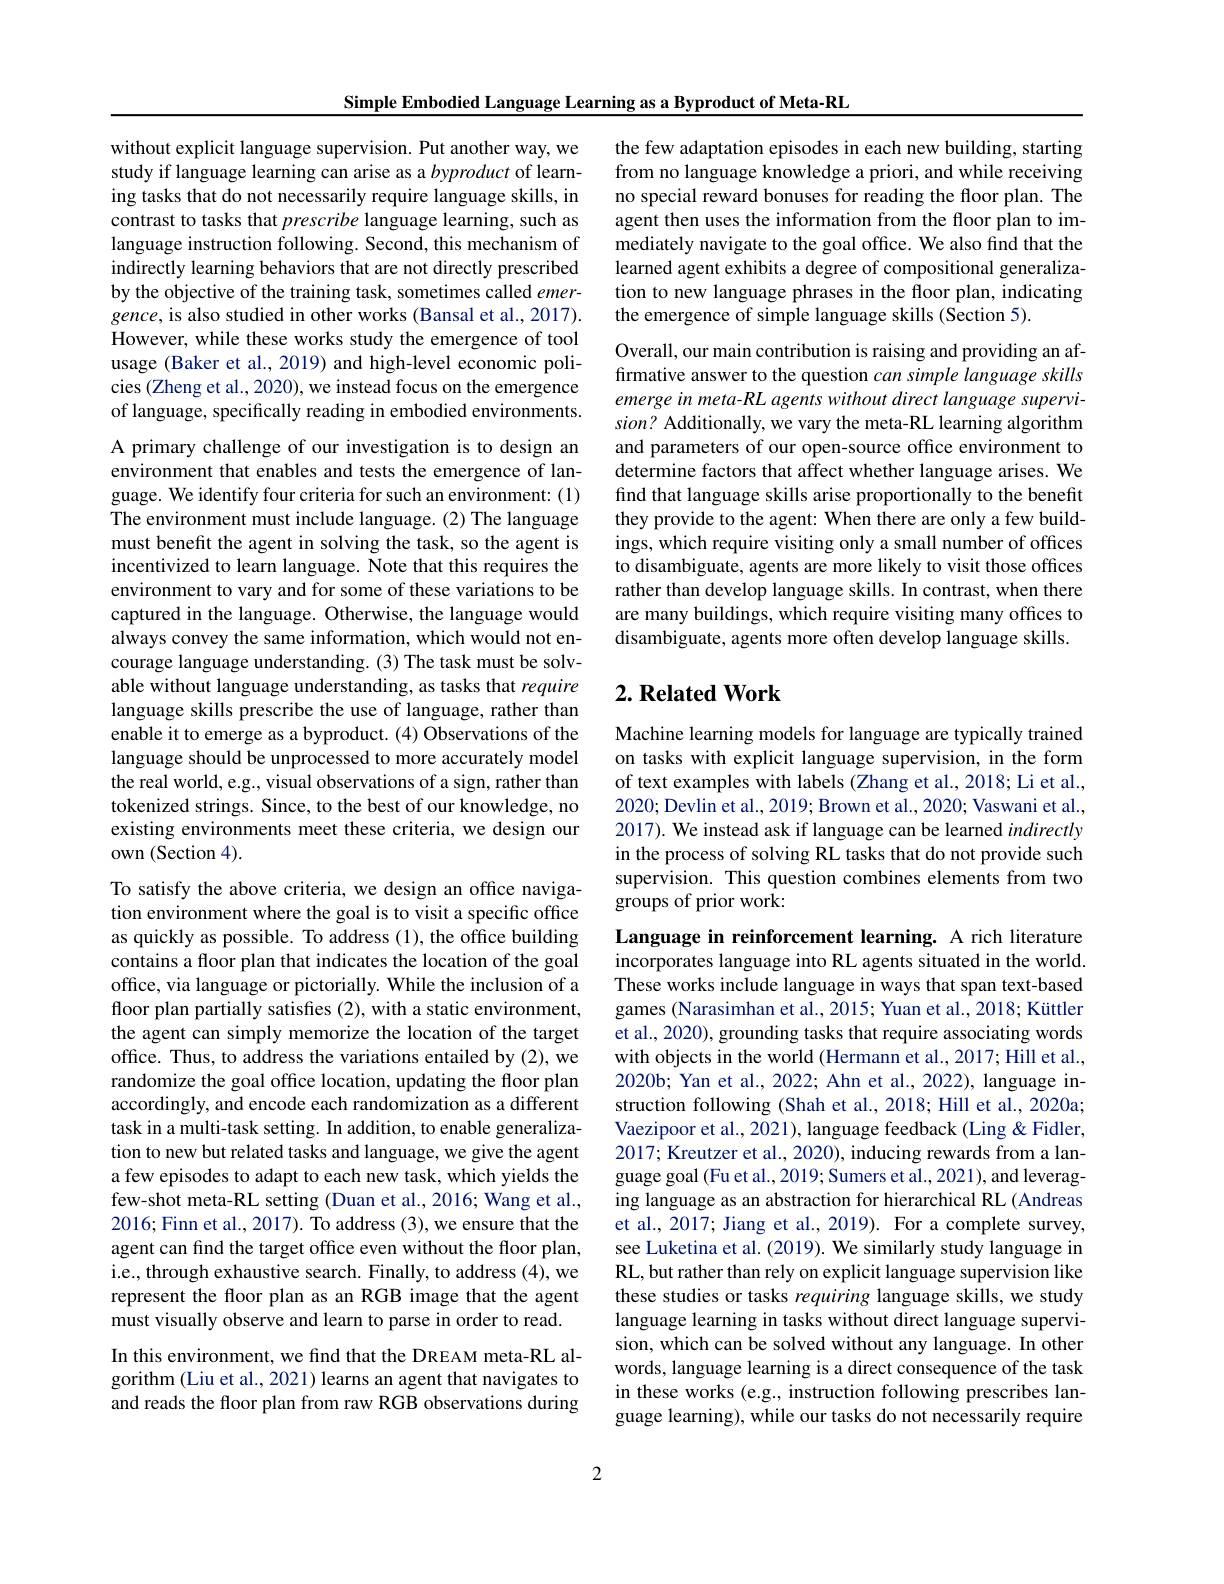
Simple Embodied Language Learning as a Byproduct of Meta-RL

without explicit language supervision. Put another way, we study if language learning can arise as a byproduct of learning tasks that do not necessarily require language skills, in contrast to tasks that prescribe language learning, such as language instruction following. Second, this mechanism of indirectly learning behaviors that are not directly prescribed by the objective of the training task, sometimes called emergence, is also studied in other works (Bansal et al., 2017). However, while these works study the emergence of tool usage (Baker et al., 2019) and high-level economic policies (Zheng et al., 2020), we instead focus on the emergence of language, specifically reading in embodied environments. A primary challenge of our investigation is to design an

environment that enables and tests the emergence of language. We identify four criteria for such an environment: (1) The environment must include language.(2) The language must benefit the agent in solving the task, so the agent is incentivized to learn language. Note that this requires the environment to vary and for some of these variations to be captured in the language. Otherwise, the language would always convey the same information, which would not encourage language understanding. (3) The task must be solvable without language understanding, as tasks that require language skills prescribe the use of language, rather than enable it to emerge as a byproduct. (4) Observations of the language should be unprocessed to more accurately model the real world, e.g., visual observations of a sign, rather than tokenized strings. Since, to the best of our knowledge, no existing environments meet these criteria, we design our own (Section 4).
To satisfy the above criteria, we design an office navigation environment where the goal is to visit a specific office as quickly as possible. To address (1), the office building contains a floor plan that indicates the location of the goal

office, via language or pictorially. While the inclusion of a floor plan partially satisfes (2), with a static environment, the agent can simply memorize the location of the target office. Thus, to address the variations entailed by (2), we randomize the goal office location, updating the floor plan accordingly, and encode each randomization as a different task in a multi-task setting. In addition, to enable generalization to new but related tasks and language, we give the agent a few episodes to adapt to each new task, which yields the few-shot meta-RL setting (Duan et al., 2016; Wang et al., 2016; Finn et al., 2017). To address (3), we ensure that the agent can find the target office even without the floor plan, i.e., through exhaustive search. Finally, to address (4), we represent the floor plan as an RGB image that the agent must visually observe and learn to parse in order to read. In this environment, we find that the DREAM meta-RL algorithm (Liu et al., 2021) learns an agent that navigates to and reads the floor plan from raw RGB observations during

the few adaptation episodes in each new building, starting from no language knowledge a priori, and while receiving no special reward bonuses for reading the floor plan. The agent then uses the information from the floor plan to immediately navigate to the goal office. We also find that the learned agent exhibits a degree of compositional generalization to new language phrases in the floor plan, indicating the emergence of simple language skills (Section 5).

Overall, our main contribution is raising and providing an affirmative answer to the question can simple language skills emerge in meta- RL agents without direct language supervision? Additionally, we vary the meta-RL learning algorithm and parameters of our open-source office environment to determine factors that affect whether language arises. We find that language skills arise proportionally to the benefit they provide to the agent: When there are only a few buildings, which require visiting only a small number of offices to disambiguate, agents are more likely to visit those offices rather than develop language skills. In contrast, when there are many buildings, which require visiting many offices to disambiguate, agents more often develop language skills.

## $2. \textbf{ Related Work}$

Machine learning models for language are typically trained on tasks with explicit language supervision, in the form of text examples with labels (Zhang et al., 2018; Li et al., 2020; Devlin et al., 2019; Brown et al., 2020; Vaswani et al., 2017). We instead ask if language can be learned indirectly in the process of solving RL tasks that do not provide such supervision. This question combines elements from two groups of prior work:

Language in reinforcement learning. A rich literature incorporates language into RL agents situated in the world. These works include language in ways that span text-based games (Narasimhan et al., 2015; Yuan et al., 2018; Küttler et al., 2020), grounding tasks that require associating words with objects in the world (Hermann et al., 2017; Hill et al., 2020b; Yan et al., 2022; Ahn et al., 2022), language instruction following (Shah et al., 2018; Hill et al., 2020a; Vaezipoor et al., 2021), language feedback (Ling& Fidler, 2017; Kreutzer et al., 2020), inducing rewards from a language goal (Fu et al., 2019; Sumers et al., 2021), and leveraging language as an abstraction for hierarchical RL (Andreas et al., 2017; Jiang et al., 2019). For a complete survey, see Luketina et al. (2019). We similarly study language in RL, but rather than rely on explicit language supervision like these studies or tasks requiring language skills, we study language learning in tasks without direct language supervision, which can be solved without any language. In other words, language learning is a direct consequence of the task in these works (e.g., instruction following prescribes language learning), while our tasks do not necessarily require

2